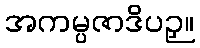
အကမ္ပဇာဒိပဉှ။